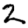
Digit: 2